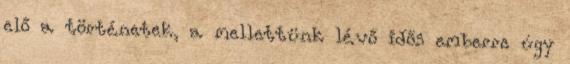
elő a történetek, a mellettünk lévő idős emberre úgy